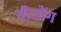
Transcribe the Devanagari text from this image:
यीजोंग